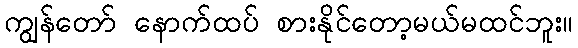
ကျွန်တော် နောက်ထပ် စားနိုင်တော့မယ်မထင်ဘူး။